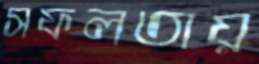
সফলতায়